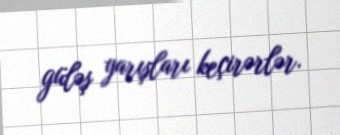
güləş yarışları keçirərlər.